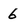
Character: 6